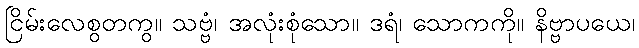
ငြိမ်းလေစွတကွ။ သဗ္ဗံ၊ အလုံးစုံသော။ ဒရံ၊ သောကကို။ နိဗ္ဗာပယေ၊